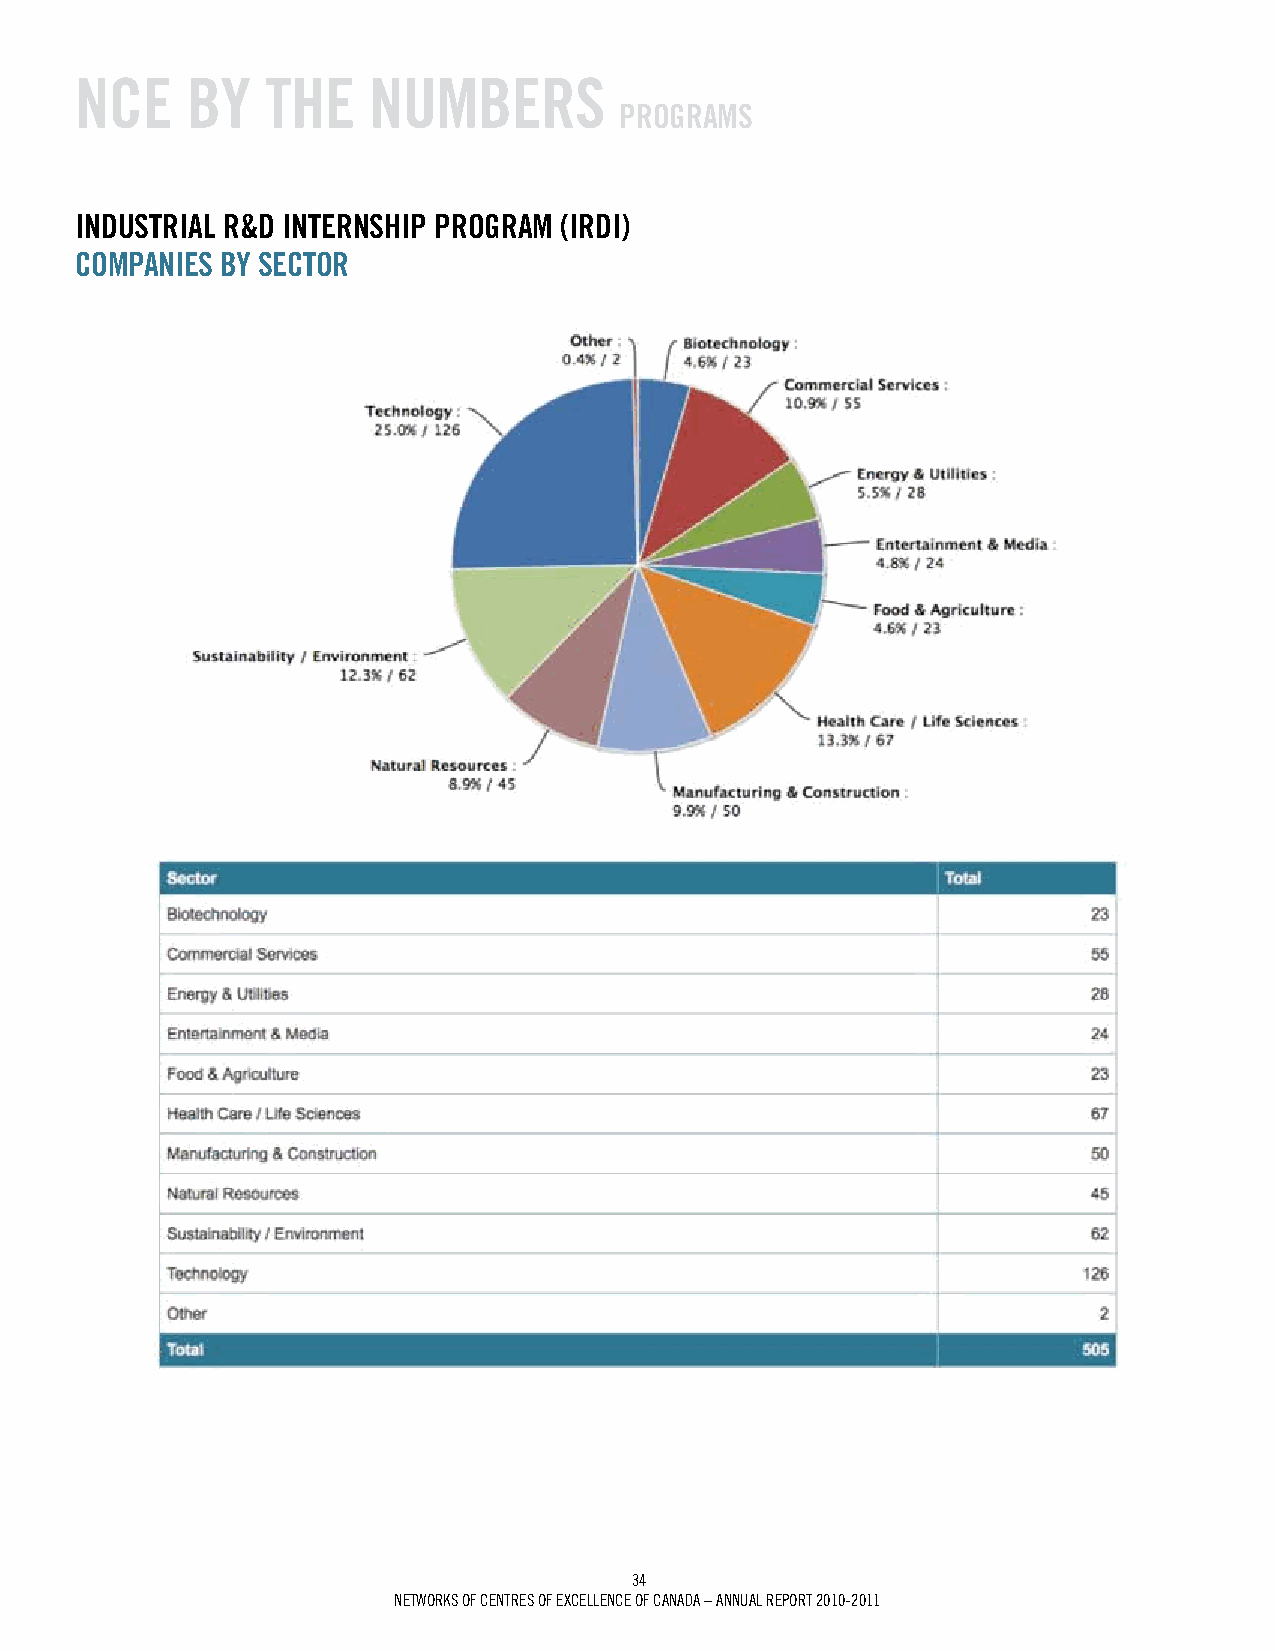
NCE    BY    ThE   NumBErS
 prOgrAmS
 iNduSTriAL r&d iNTErNShip prOgrAm (irdi)
 COmpANiES BY SECTOr
 34
 Networks of ceNtres of excelleNce of caNada – aNNUal rePort 2010-2011